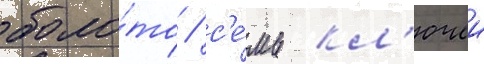
боло́то / с'е́мь кл'ючеи